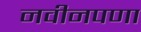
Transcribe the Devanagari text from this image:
नवीनपणा